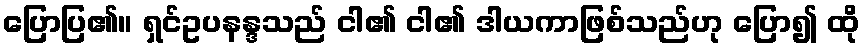
ပြောပြ၏။ ရှင်ဥပနန္ဒသည် ငါ၏ ငါ၏ ဒါယကာဖြစ်သည်ဟု ပြော၍ ထို